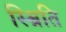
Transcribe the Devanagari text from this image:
स्म्रिति